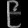
Digit: ၉